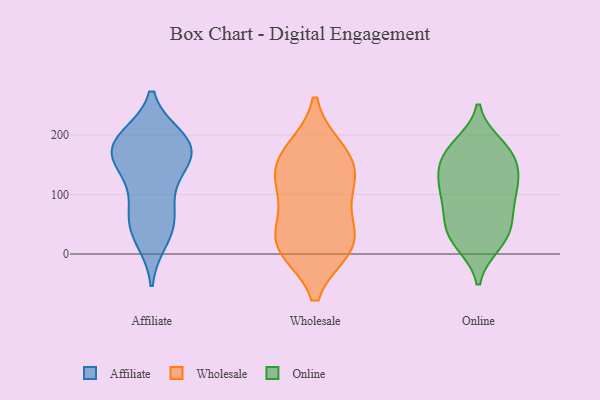
{"axis": {"x": "Backlog", "y": "Value"}, "legend": ["Affiliate", "Online", "Wholesale"], "data": [{"x": "", "y": 138, "type": "Affiliate"}, {"x": "", "y": 180, "type": "Affiliate"}, {"x": "", "y": 24, "type": "Affiliate"}, {"x": "", "y": 64, "type": "Affiliate"}, {"x": "", "y": 88, "type": "Affiliate"}, {"x": "", "y": 57, "type": "Affiliate"}, {"x": "", "y": 162, "type": "Affiliate"}, {"x": "", "y": 171, "type": "Affiliate"}, {"x": "", "y": 187, "type": "Affiliate"}, {"x": "", "y": 177, "type": "Affiliate"}, {"x": "", "y": 138, "type": "Affiliate"}, {"x": "", "y": 195, "type": "Affiliate"}, {"x": "", "y": 195, "type": "Affiliate"}, {"x": "", "y": 37, "type": "Affiliate"}, {"x": "", "y": 17, "type": "Wholesale"}, {"x": "", "y": 174, "type": "Wholesale"}, {"x": "", "y": 143, "type": "Wholesale"}, {"x": "", "y": 126, "type": "Wholesale"}, {"x": "", "y": 114, "type": "Wholesale"}, {"x": "", "y": 168, "type": "Wholesale"}, {"x": "", "y": 24, "type": "Wholesale"}, {"x": "", "y": 11, "type": "Wholesale"}, {"x": "", "y": 13, "type": "Wholesale"}, {"x": "", "y": 72, "type": "Wholesale"}, {"x": "", "y": 182, "type": "Online"}, {"x": "", "y": 173, "type": "Online"}, {"x": "", "y": 23, "type": "Online"}, {"x": "", "y": 165, "type": "Online"}, {"x": "", "y": 94, "type": "Online"}, {"x": "", "y": 47, "type": "Online"}, {"x": "", "y": 169, "type": "Online"}, {"x": "", "y": 109, "type": "Online"}, {"x": "", "y": 114, "type": "Online"}, {"x": "", "y": 28, "type": "Online"}, {"x": "", "y": 18, "type": "Online"}, {"x": "", "y": 59, "type": "Online"}, {"x": "", "y": 123, "type": "Online"}, {"x": "", "y": 67, "type": "Online"}, {"x": "", "y": 122, "type": "Online"}, {"x": "", "y": 153, "type": "Online"}]}